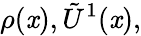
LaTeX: \rho(\mathit{x}),\tilde{{U}}^{1}(\mathit{x}),